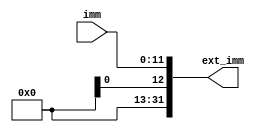
module sign_ext2(
    input [11:0]imm,

    output [31:0]ext_imm
);

/*
*   Problem 5:
*   Describe sign extension logic using ternary operator.
*/

assign ext_imm = {ext, imm};

endmodule